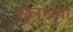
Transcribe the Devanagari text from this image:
सुलगाया